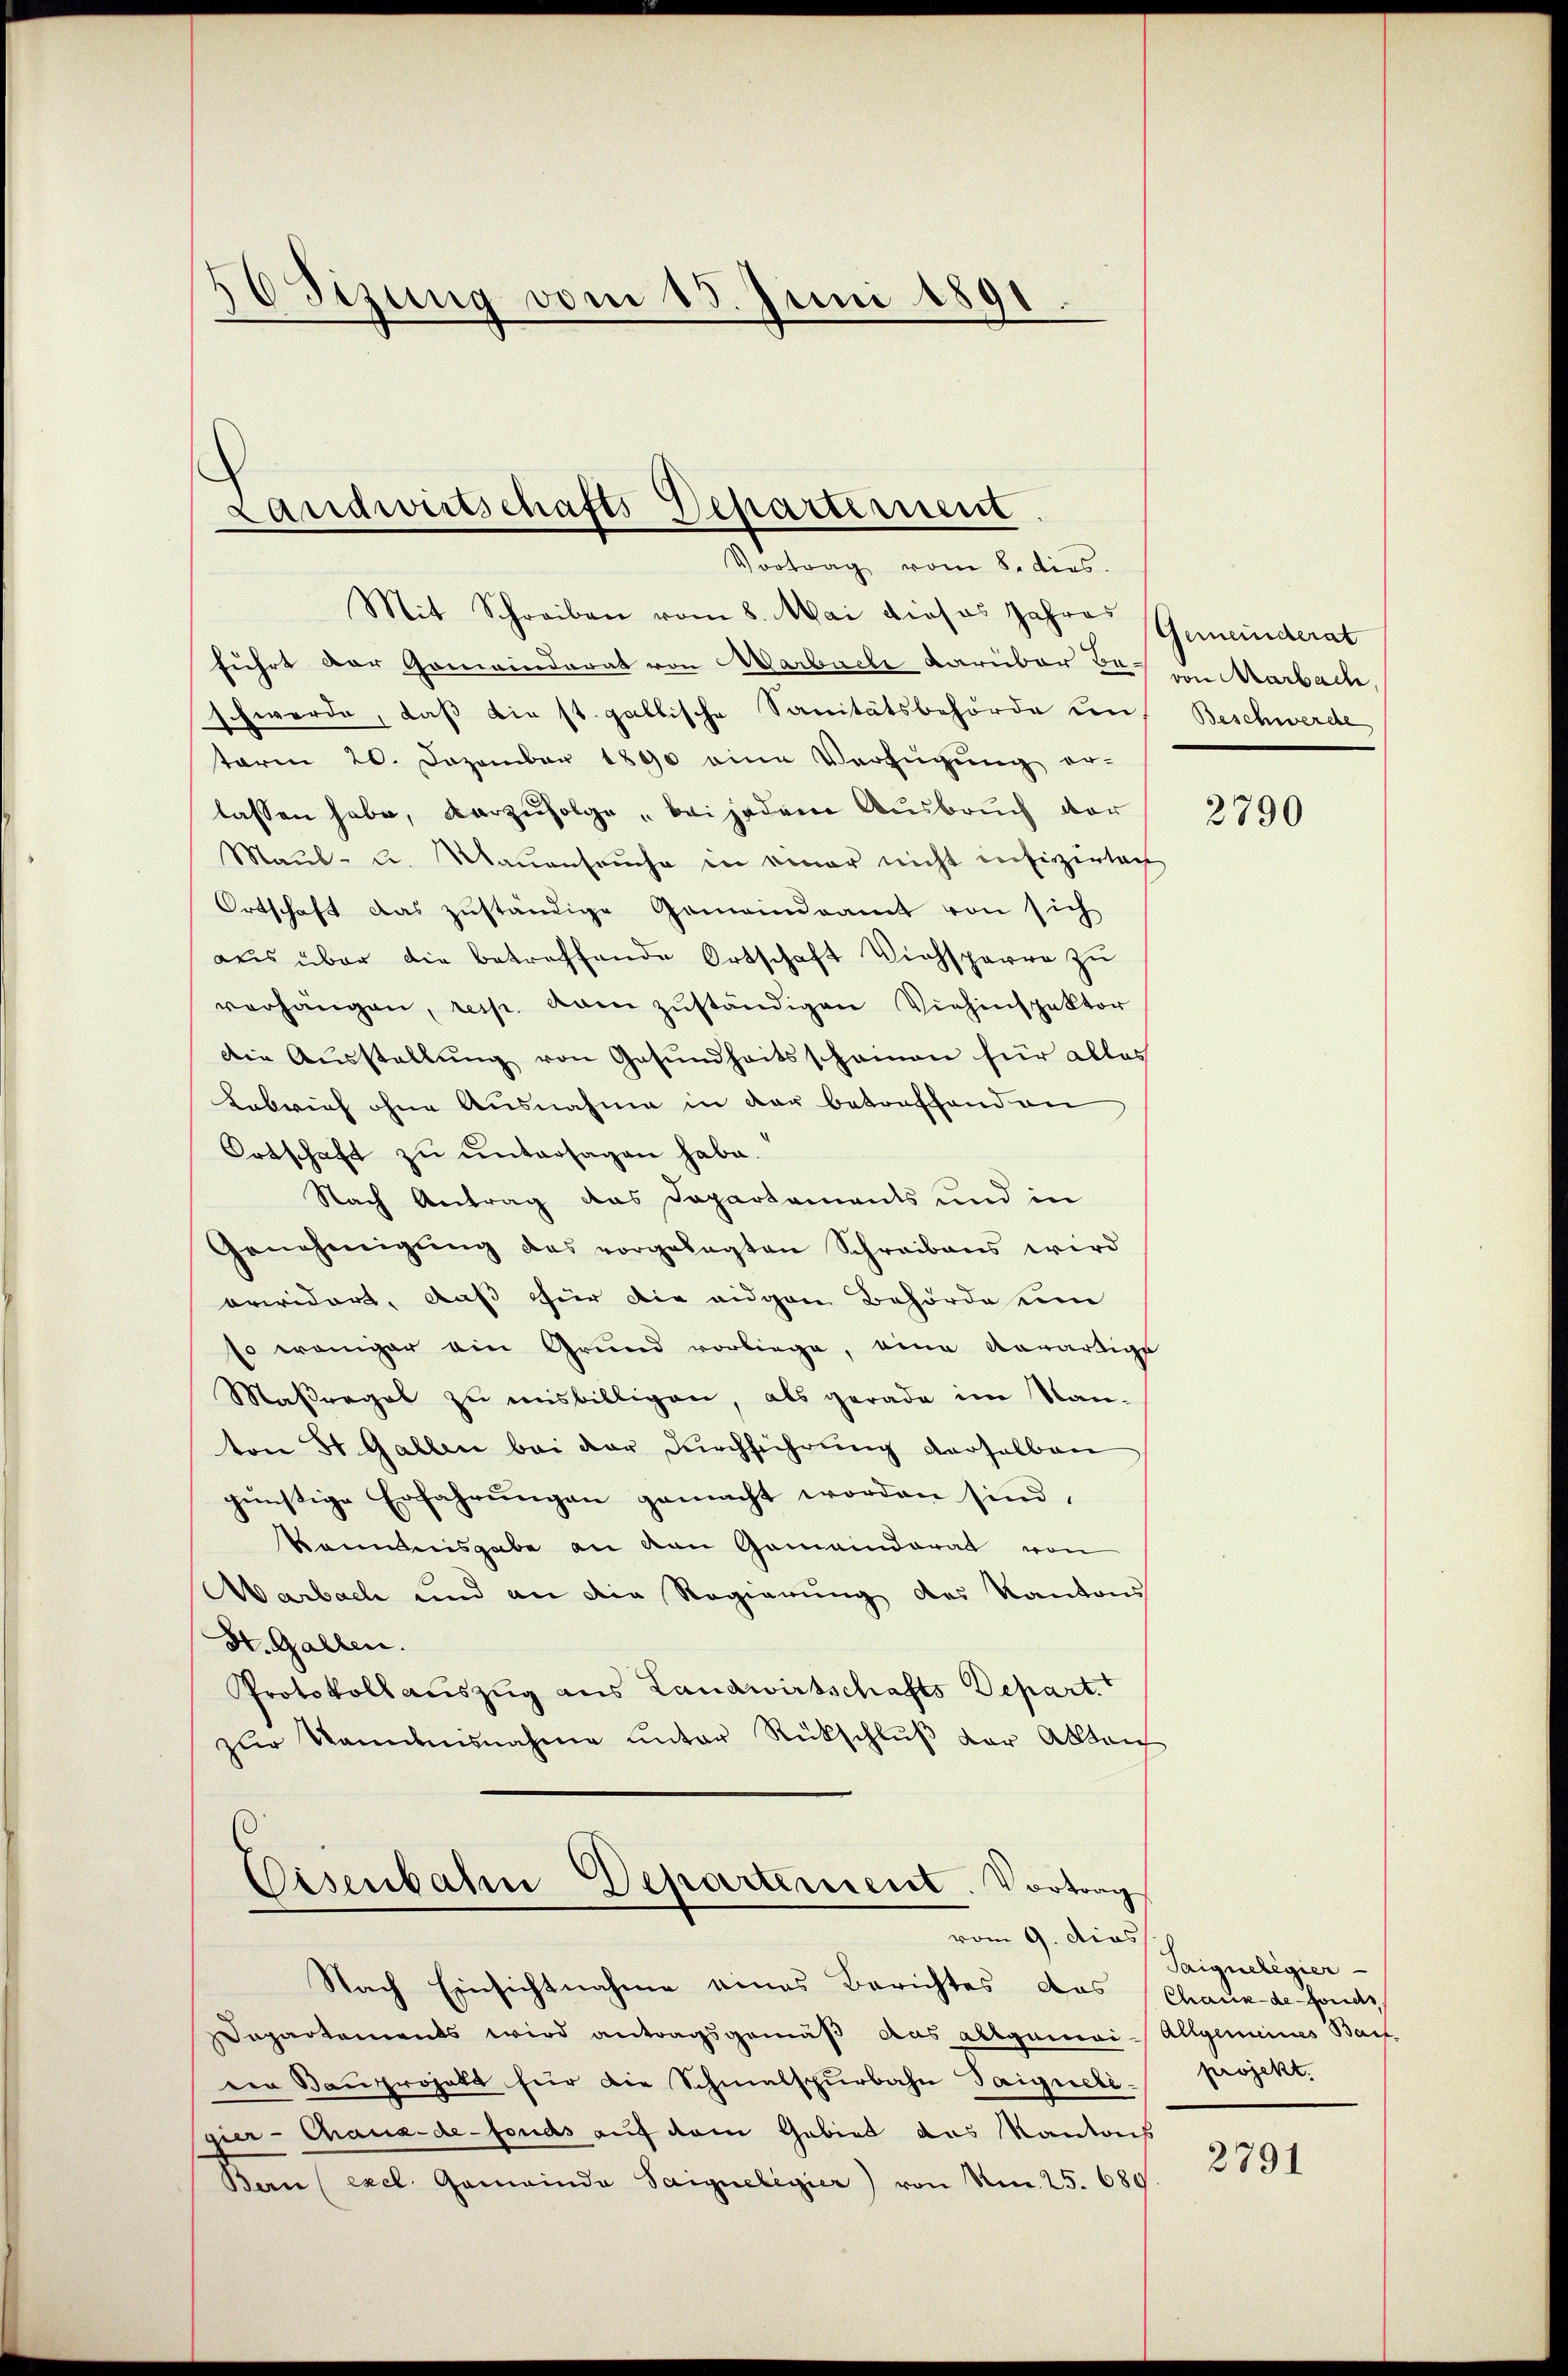
OSizung vom 15. Juni 1891.

Landwirtschafts-Departement
Vortrag vom 8. dies

Mit Schreiben vom 8. Mai dieses Jahre Gemeinderat
führt der Gemeinderat von Marbach darüber das von Marbach,
schwerde, daß die st. gallische Sanitätsbehörde uns Beschwerde
term 20. Dezember 1890 eine Verfügŭng er-
lassen habe, vorzufolge bei jedem Ausbruch der
Maul- u. Maŭenseuche in einer nicht infigirtach
Ortschaft das zuständige Gemeindsamt von sich
aus über die betreffende Ortschaft Viehsparre zu
verhängen, resp. dam zŭständigen Viehinspektor
Die Ausstellŭng von Gesundheitsscheinen für alles
Labrief ohne Ausnahme in der betonschand an
Ortschaft zu untersagen habe.
Nach Antrag das Departaments und in
Genehmigŭng des vorgelegten Schreibens wird
orwidert, daß für die eidgen Behörde um
so weniger ein Grund vorliege, eine Anwärtige
Maßergab zu misbilligen, als gerade im Kan-
ton St. Gallen bei der Durchführung derselben
günstige Erfahrungen gemacht worden sind,
kenntnisgabe an den Gemeinderat von
Marbach und an die Regierung des Kantons
St. Gallen.
Protokoll auszug aus Landwirtschafts Depart.
zŭr Nominisnahme unter Rückschlŭβ der Ablau
Eisenbahn Departement. Vortrag

Nach Einsichtnahme eines Berichtes das Chaux de fonds
Dapartements wird antragsgemäß aus allgemei-Allgemeines Baut
ein Bauprojekt für die Schmalspurbahn Taigueli-
gier-Chaux-de-Fonds auf dem Gebiet das Kantons
Ban (exel. Gemeinda Saigneligier) von Nr. 25. 689.

vom 9. dies

2790

Saignelegier
projekt.

2791